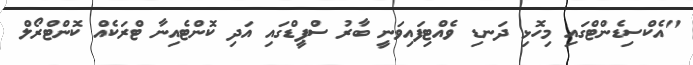
"އެކްސިޑެންޓްގައި މިހޮޅި ދަނޑި ވެއްޓިފައިވަނީ ބާރު ސްޕީޑްގައި އަދި ކޮންޓެއިނާ ޓްރަކެއް ކޮންޓްރޯލް